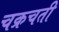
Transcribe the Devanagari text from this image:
चक्रचती